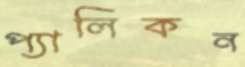
প্যালিকন